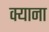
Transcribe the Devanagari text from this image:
क्याना